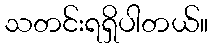
သတင်းရရှိပါတယ်။